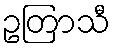
ဥတြာသီ